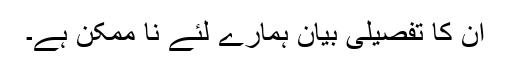
ان کا تفصیلی بیان ہمارے لئے نا ممکن ہے۔